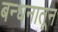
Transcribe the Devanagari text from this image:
बन्धनातून